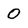
Character: 0